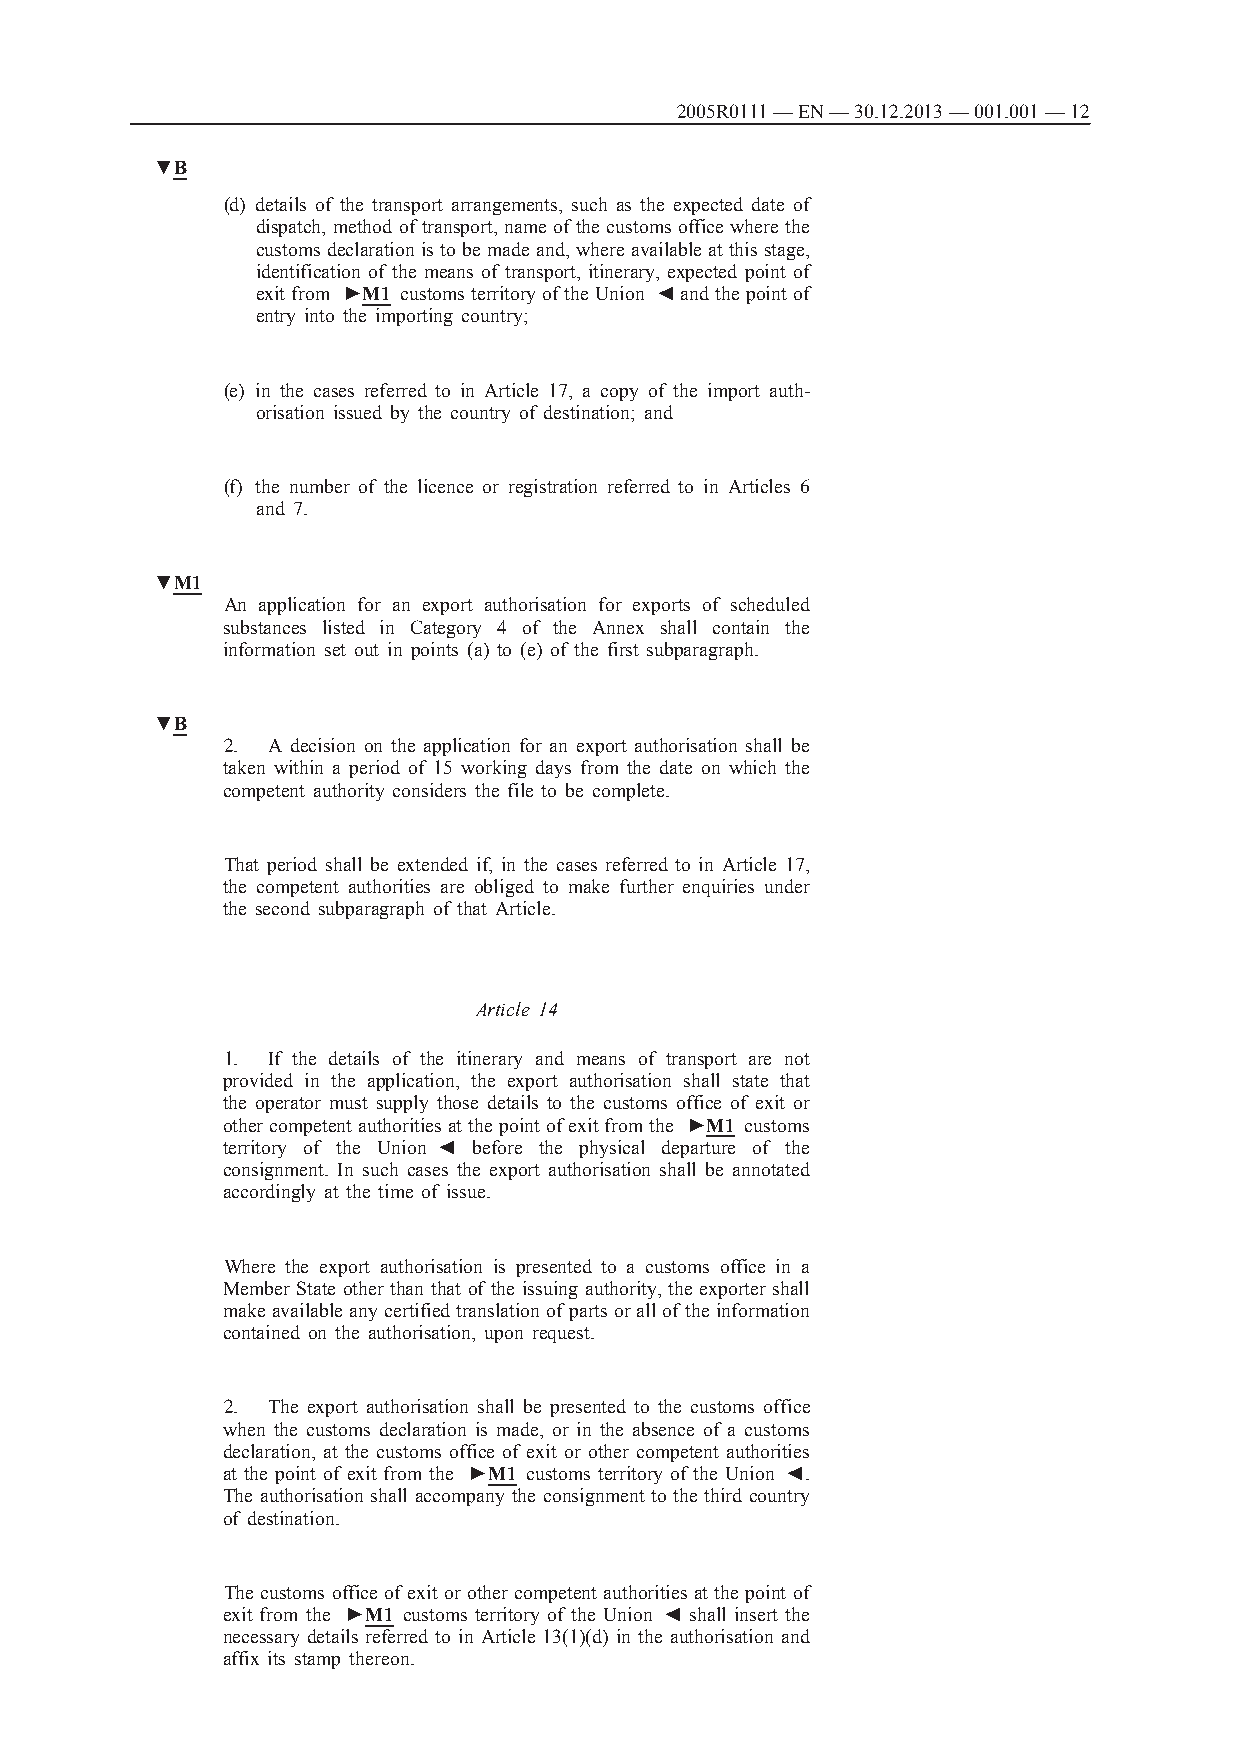
2005R0111 — EN — 30.12.2013 — 001.001 — 12
 ▼B
 (d) details of the transport arrangements, such as the expected date of
 dispatch, method of transport, name of the customs office where the
 customs declaration is to be made and, where available at this stage,
 identification of the means of transport, itinerary, expected point of
 exit from ►M1 customs territory of the Union ◄ and the point of
 entry into the importing country;
 (e) in the cases referred to in Article 17, a copy of the import auth­
 orisation issued by the country of destination; and
 (f) the number of the licence or registration referred to in Articles 6
 and 7.
 ▼M1
 An application for an export authorisation for exports of scheduled
 substances listed in Category 4 of the Annex shall contain the
 information set out in points (a) to (e) of the first subparagraph.
 ▼B
 2. A decision on the application for an export authorisation shall be
 taken within a period of 15 working days from the date on which the
 competent authority considers the file to be complete.
 That period shall be extended if, in the cases referred to in Article 17,
 the competent authorities are obliged to make further enquiries under
 the second subparagraph of that Article.
 Article 14
 1. If the details of the itinerary and means of transport are not
 provided in the application, the export authorisation shall state that
 the operator must supply those details to the customs office of exit or
 other competent authorities at the point of exit from the ►M1 customs
 territory of the Union ◄ before the physical departure of the
 consignment. In such cases the export authorisation shall be annotated
 accordingly at the time of issue.
 Where the export authorisation is presented to a customs office in a
 Member State other than that of the issuing authority, the exporter shall
 make available any certified translation of parts or all of the information
 contained on the authorisation, upon request.
 2. The export authorisation shall be presented to the customs office
 when the customs declaration is made, or in the absence of a customs
 declaration, at the customs office of exit or other competent authorities
 at the point of exit from the ►M1 customs territory of the Union ◄.
 The authorisation shall accompany the consignment to the third country
 of destination.
 The customs office of exit or other competent authorities at the point of
 exit from the ►M1 customs territory of the Union ◄ shall insert the
 necessary details referred to in Article 13(1)(d) in the authorisation and
 affix its stamp thereon.